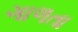
ગાળતા